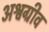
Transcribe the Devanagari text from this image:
अश्वग्रीव